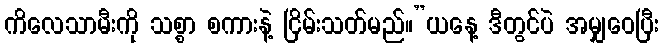
ကိလေသာမီးကို သစ္စာ စကားနဲ့ ငြိမ်းသတ်မည်။”ယနေ့ ဒီတွင်ပဲ အမျှဝေပြီး